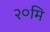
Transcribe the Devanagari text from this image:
२०मि